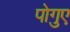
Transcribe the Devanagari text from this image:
पोगुए